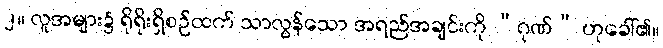
၂။ လူအများ၌ ရိုရိုးရှိစဉ်ထက် သာလွန်သော အရည်အချင်းကို “ဂုဏ်” ဟုခေါ်၏။